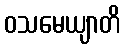
ဝသမေယျာတိ